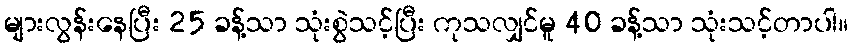
များလွန်းနေပြီး 25 ခန့်သာ သုံးစွဲသင့်ပြီး ကုသလျှင်မူ 40 ခန့်သာ သုံးသင့်တာပါ။